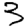
Digit: 3